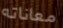
معاناته